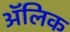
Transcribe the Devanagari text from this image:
अॅलिक